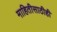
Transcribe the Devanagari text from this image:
माहितीसाठीही